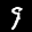
Label: 9